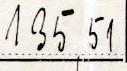
135,51